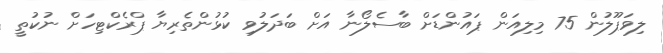
ލިވަޕޫލުން 75 މިލިއަން ޕައުންޑަށް ބާސެލޯނާ އަށް ބަދަލުވި ކުޅުންތެރިޔާ ޕްރެކްޓިހަށް ނުކުތީ